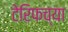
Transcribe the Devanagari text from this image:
टेरिफच्या